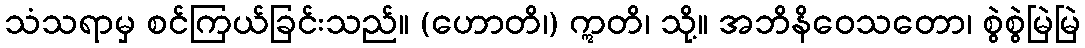
သံသရာမှ စင်ကြယ်ခြင်းသည်။ (ဟောတိ၊) ဣတိ၊ သို့။ အဘိနိဝေသတော၊ စွဲစွဲမြဲမြဲ